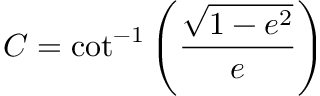
C = \cot ^ { - 1 } \left( \frac { \sqrt { 1 - e ^ { 2 } } } { e } \right)